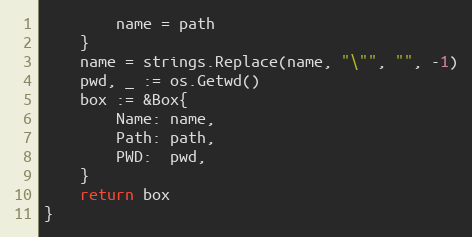
Language: Go
		name = path
	}
	name = strings.Replace(name, "\"", "", -1)
	pwd, _ := os.Getwd()
	box := &Box{
		Name: name,
		Path: path,
		PWD:  pwd,
	}
	return box
}